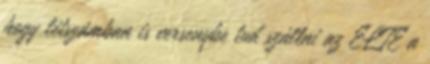
hogy létszámban is versenybe tud szállni az ELTE a